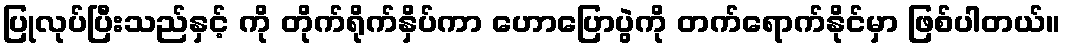
ပြုလုပ်ပြီးသည်နှင့် ကို တိုက်ရိုက်နှိပ်ကာ ဟောပြောပွဲကို တက်ရောက်နိုင်မှာ ဖြစ်ပါတယ်။